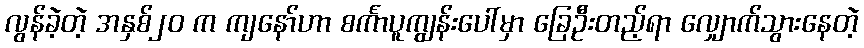
လွန်ခဲ့တဲ့ အနှစ်၂၀ က ကျနော်ဟာ စင်္ကာပူကျွန်းပေါ်မှာ ခြေဦးတည့်ရာ လျှောက်သွားနေတဲ့